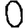
Digit: 0